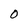
Character: O